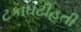
ટકાઘટીહતી